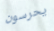
يحرسون